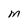
Character: m